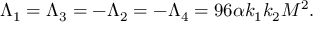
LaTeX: \Lambda _ { 1 } = \Lambda _ { 3 } = - \Lambda _ { 2 } = - \Lambda _ { 4 } = 9 6 \alpha k _ { 1 } k _ { 2 } M ^ { 2 } .